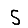
Digit: 5